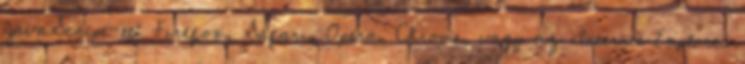
JavaScript-et: Firefox, Safari, Opera, Chrome, vagy az Internet Explorer